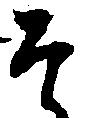
そ